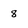
Character: 8